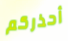
أحذركم